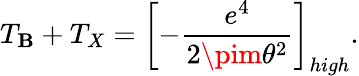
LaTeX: T_{\mathbf{B}}+T_{X}=\left[-\frac{{e^{4}}}{{2\pim\theta^{2}}}\right]_{high}.